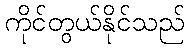
ကိုင်တွယ်နိုင်သည်